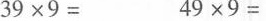
39×9= 49×9=